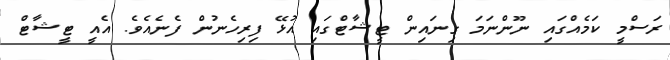
ރަސްމީ ކަމެއްގައި ނޫންނަމަ ގިނައިން ޓީޝާޓްގައި އުޅޭ ފިރިހެނުން ފެނެއެވެ. އެއީ ޓީޝާޓް